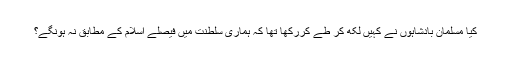
کیا مسلمان بادشاہوں نے کہیں لکھ کر طے کررکھا تھا کہ ہماری سلطنت میں فیصلے اسلام کے مطابق نہ ہونگے؟